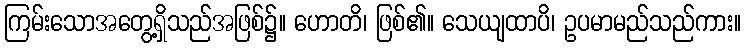
ကြမ်းသောအတွေ့ရှိသည်အဖြစ်၌။ ဟောတိ၊ ဖြစ်၏။ သေယျထာပိ၊ ဥပမာမည်သည်ကား။